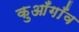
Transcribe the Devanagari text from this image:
कुआँगाँव